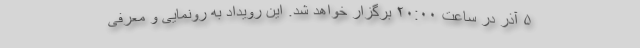
۵ آذر در ساعت ۲۰:۰۰ برگزار خواهد شد. این رویداد به رونمایی و معرفی